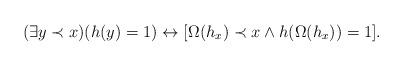
LaTeX: \begin{align*}(\exists y \prec x)(h(y) = 1) \leftrightarrow [\Omega(h_x) \prec x \wedge h(\Omega(h_x)) = 1].\end{align*}